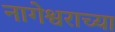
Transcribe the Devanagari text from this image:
नागेश्वराच्या